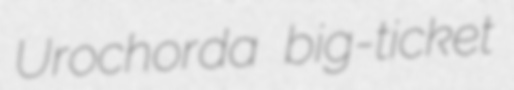
Urochorda big-ticket